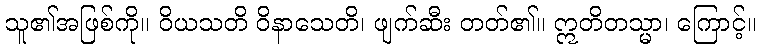
သူ၏အဖြစ်ကို။ ဝိယသတိ ဝိနာသေတိ၊ ဖျက်ဆီး တတ်၏။ ဣတိတသ္မာ၊ ကြောင့်။